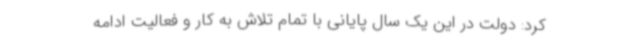
کرد: دولت در این یک سال پایانی با تمام تلاش به کار و فعالیت ادامه